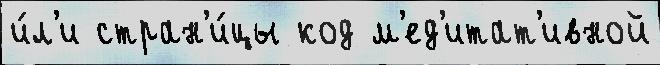
и́л'и стран'и́цы код м'ед'итат'ивной